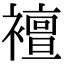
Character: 襢